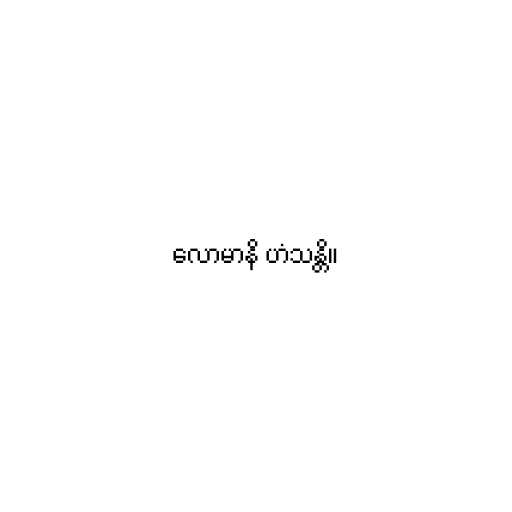
လောမာနိ ဟံသန္တိ။